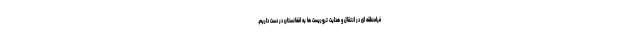
فرامنطقه ای در انتقال و هدایت تروریست ها به افغانستان در دست داریم.